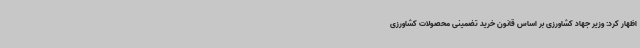
اظهار کرد: وزیر جهاد کشاورزی بر اساس قانون خرید تضمینی محصولات کشاورزی